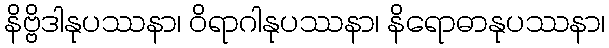
နိဗ္ဗိဒါနုပဿနာ၊ ဝိရာဂါနုပဿနာ၊ နိရောဓာနုပဿနာ၊